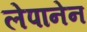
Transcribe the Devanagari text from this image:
लेपानेन